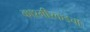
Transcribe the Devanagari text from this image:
काश्मीरकडचा